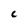
Character: c